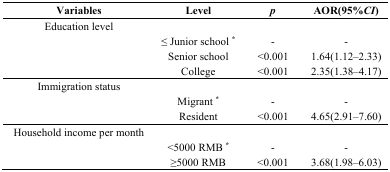
<table><thead><tr><td><b>Variables</b></td><td><b>Level</b></td><td><b><i>p</i></b></td><td><b>AOR(95%<i>CI</i>)</b></td></tr></thead><tbody><tr><td>Education level</td><td></td><td></td><td></td></tr><tr><td></td><td>≤ Junior school <sup>*</sup></td><td>-</td><td>-</td></tr><tr><td></td><td>Senior school</td><td>&lt;0.001</td><td>1.64(1.12–2.33)</td></tr><tr><td></td><td>College</td><td>&lt;0.001</td><td>2.35(1.38–4.17)</td></tr><tr><td>Immigration status</td><td></td><td></td><td></td></tr><tr><td></td><td>Migrant <sup>*</sup></td><td>-</td><td>-</td></tr><tr><td></td><td>Resident</td><td>&lt;0.001</td><td>4.65(2.91–7.60)</td></tr><tr><td>Household income per month</td><td></td><td></td><td></td></tr><tr><td></td><td>&lt;5000 RMB <sup>*</sup></td><td>-</td><td>-</td></tr><tr><td></td><td>≥5000 RMB</td><td>&lt;0.001</td><td>3.68(1.98–6.03)</td></tr></tbody></table>